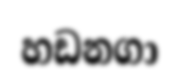
හඩනගා